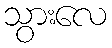
သွားလေ